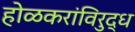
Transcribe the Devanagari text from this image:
होळकरांविरुद्ध